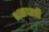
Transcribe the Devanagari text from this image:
शस्रधारी